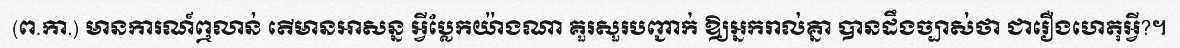
(ព.កា.) មានការណ៍ឮលាន់ តើមានអាសន្ន អ្វីប្លែកយ៉ាងណា គួរសួរបញ្ជាក់ ឱ្យអ្នករាល់គ្នា បានដឹងច្បាស់ថា ជារឿងហេតុអ្វី?។